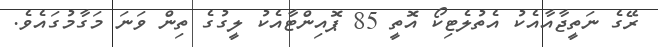
ރޭގެ ނަތީޖާއާއެކު އެތުލެޓިކޯ އޮތީ 85 ޕޮއިންޓާއެކު ލީގުގެ ތިން ވަނަ މަގާމުގައެވެ.